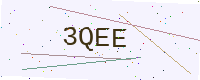
Text: 3QEE